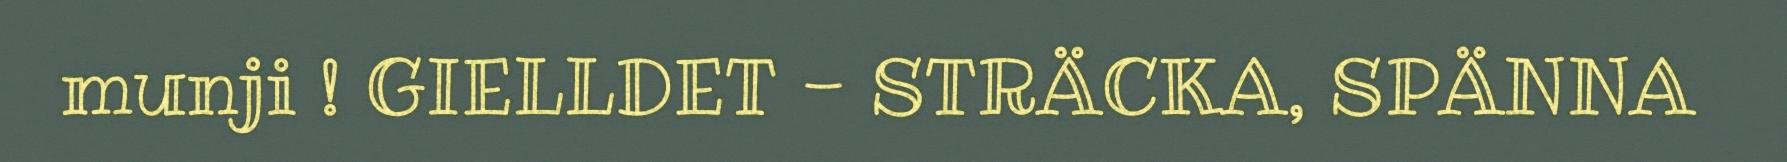
munji ! GIELLDET - STRÄCKA, SPÄNNA